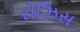
રોઝિસ